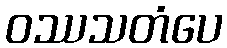
ဝဿသတံပေ